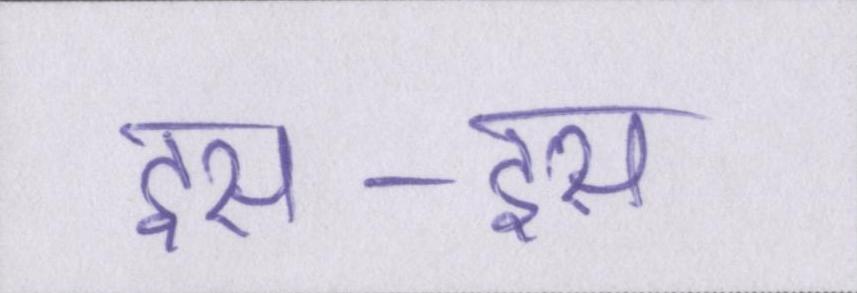
इस-इस